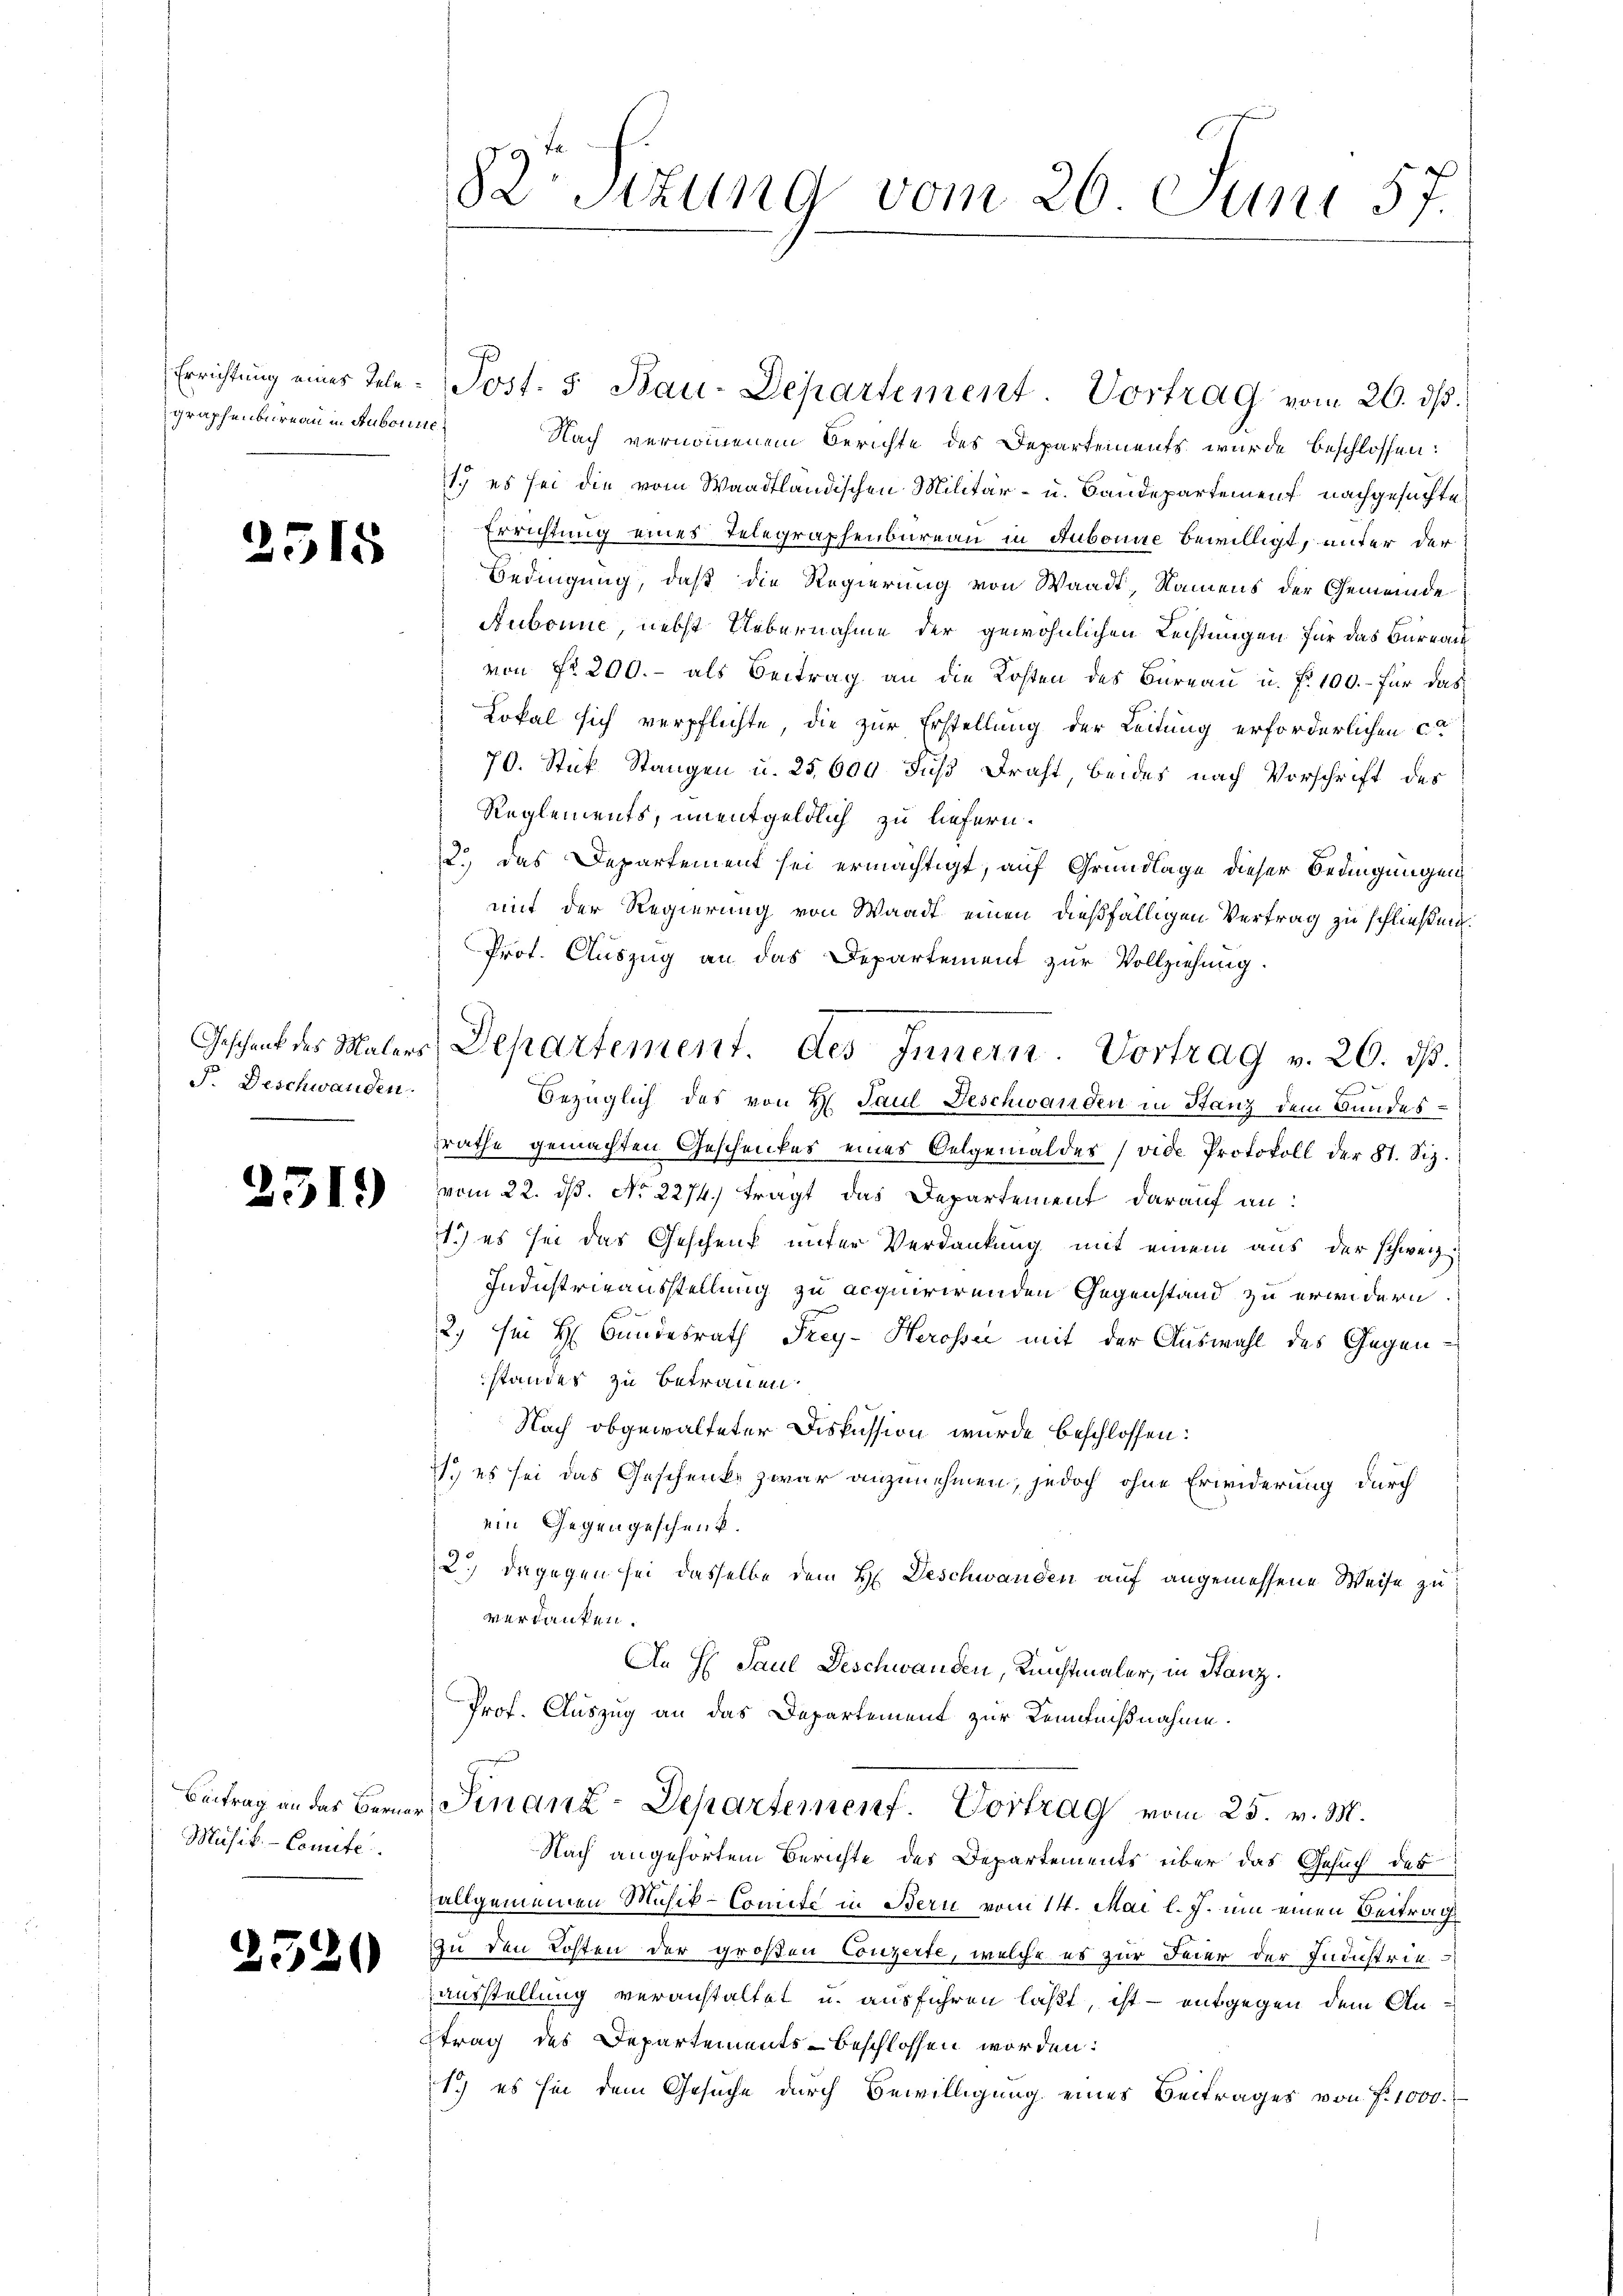
Errichtung eines Telegraphenbureau in Aubonne

2515

F. Deschwanden

)

2519

Beitrag an das Berner
Musik. - Comite.

2520

82 sizung vom 26. Juni 57.

Post. 5. Bau-Departement. Vortrag vom 20. ds.
Nach vernommenen Berichte des Departements wurde beschlossen:
1.) es sei die vom Waadtländischen Militär- u. Baudepartement nachgesuchte
Errichtung eines Telegraphenbureau in Aubonne bewilligt, unter der
Bedingung, daß die Regierung von Waadt, Namens der Gemeinde
Aubonne, nebst Uebernahme der gewöhnlichen Leistungen für das Bureau
von Fr. 200.- als Beitrag an die Kosten des Büreau u. f. 100.- für das
Lokal sich verpflichte, die zur Erstellung der Leitung erforderlichen ca
70. Stück Stangen u. 25,600 Fuß Draht, beides nach Vorschrift des
Reglements, unentgeldlich zu liefern.
2.) das Departement sei ermächtigt, auf Grundlage dieser Bedingungen
mit der Regierung von Waadt einen dießfälligen Vertrag zu schließen
Prot. Auszug an das Departement zur Vollziehung.
Bezüglich des von H. Paul Deschwanden in Stanz dem Bundesrathe gemachten Geschenkes eines Oelgemäldes (vide Protokoll der 81. Siz.
vom 22. ds. No 2274.) tragt das Departement darauf an:
11.) es sei das Geschenk unter Verdankung mit einem aus der schweiz.
Industrieausstellung zu acquirirenden Gegenstand zu erwidern.
2. Ein H. Bundesrath Frey- Herosse mit der Auswahl des Gegenstandes zu betrauen.
Nach obgewalteter Diskussion wurde beschlossen:
1. es sei das Geschenke zwar anzunehmen, jedoch ohne Erwiderung durch
ein Gegengeschenk.
2.) Dagegen sei dasselbe dem H. Deschwanden auf angemessene Weise zu
verdanken.
An H Paul Deschwanden, Kunstmaler, in Stanz.
Prof. Auszug an das Departement zur Kenntnißnahme.
Sinanz-Departement. Vortrag vom 25. v. M.
Nach angehörtem Berichte des Departements über das Gesuch des
allgemeinen Musik-Comité in Bern vom 14. Mai l. J. um einen Beitrag
Zu den Kosten der großen Conzerte, welche es zur Feier der Industrie
ausstellung veranstaltet u. ausführen laßt, ist - entgegen dem An-
trag des Departements- beschlossen worden:
1.) es hin dem Gesuche durch Bewilligung eines Beitrages von f. 1000.

Geschenk des Malers Departement. des Innern. Vortrag v. 26. ds.